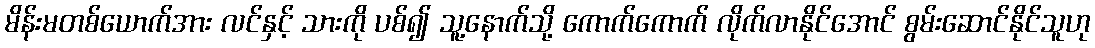
မိန်းမတစ်ယောက်အား လင်နှင့် သားကို ပစ်၍ သူ့နောက်သို့ ကောက်ကောက် လိုက်လာနိုင်အောင် စွမ်းဆောင်နိုင်သူဟု